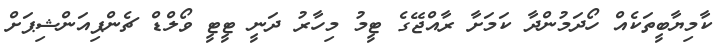
ކާމިޔާބީތަކެއް ހޯދަމުންދާ ކަމަށާ ރާއްޖޭގެ ޓީމު މިހާރު ދަނީ ޓީޓީ ވޯލްޑް ޗެންޕިއަންޝިޕަށް